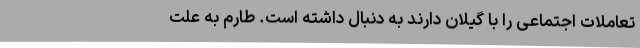
تعاملات اجتماعی را با گیلان دارند به دنبال داشته است. طارم به علت